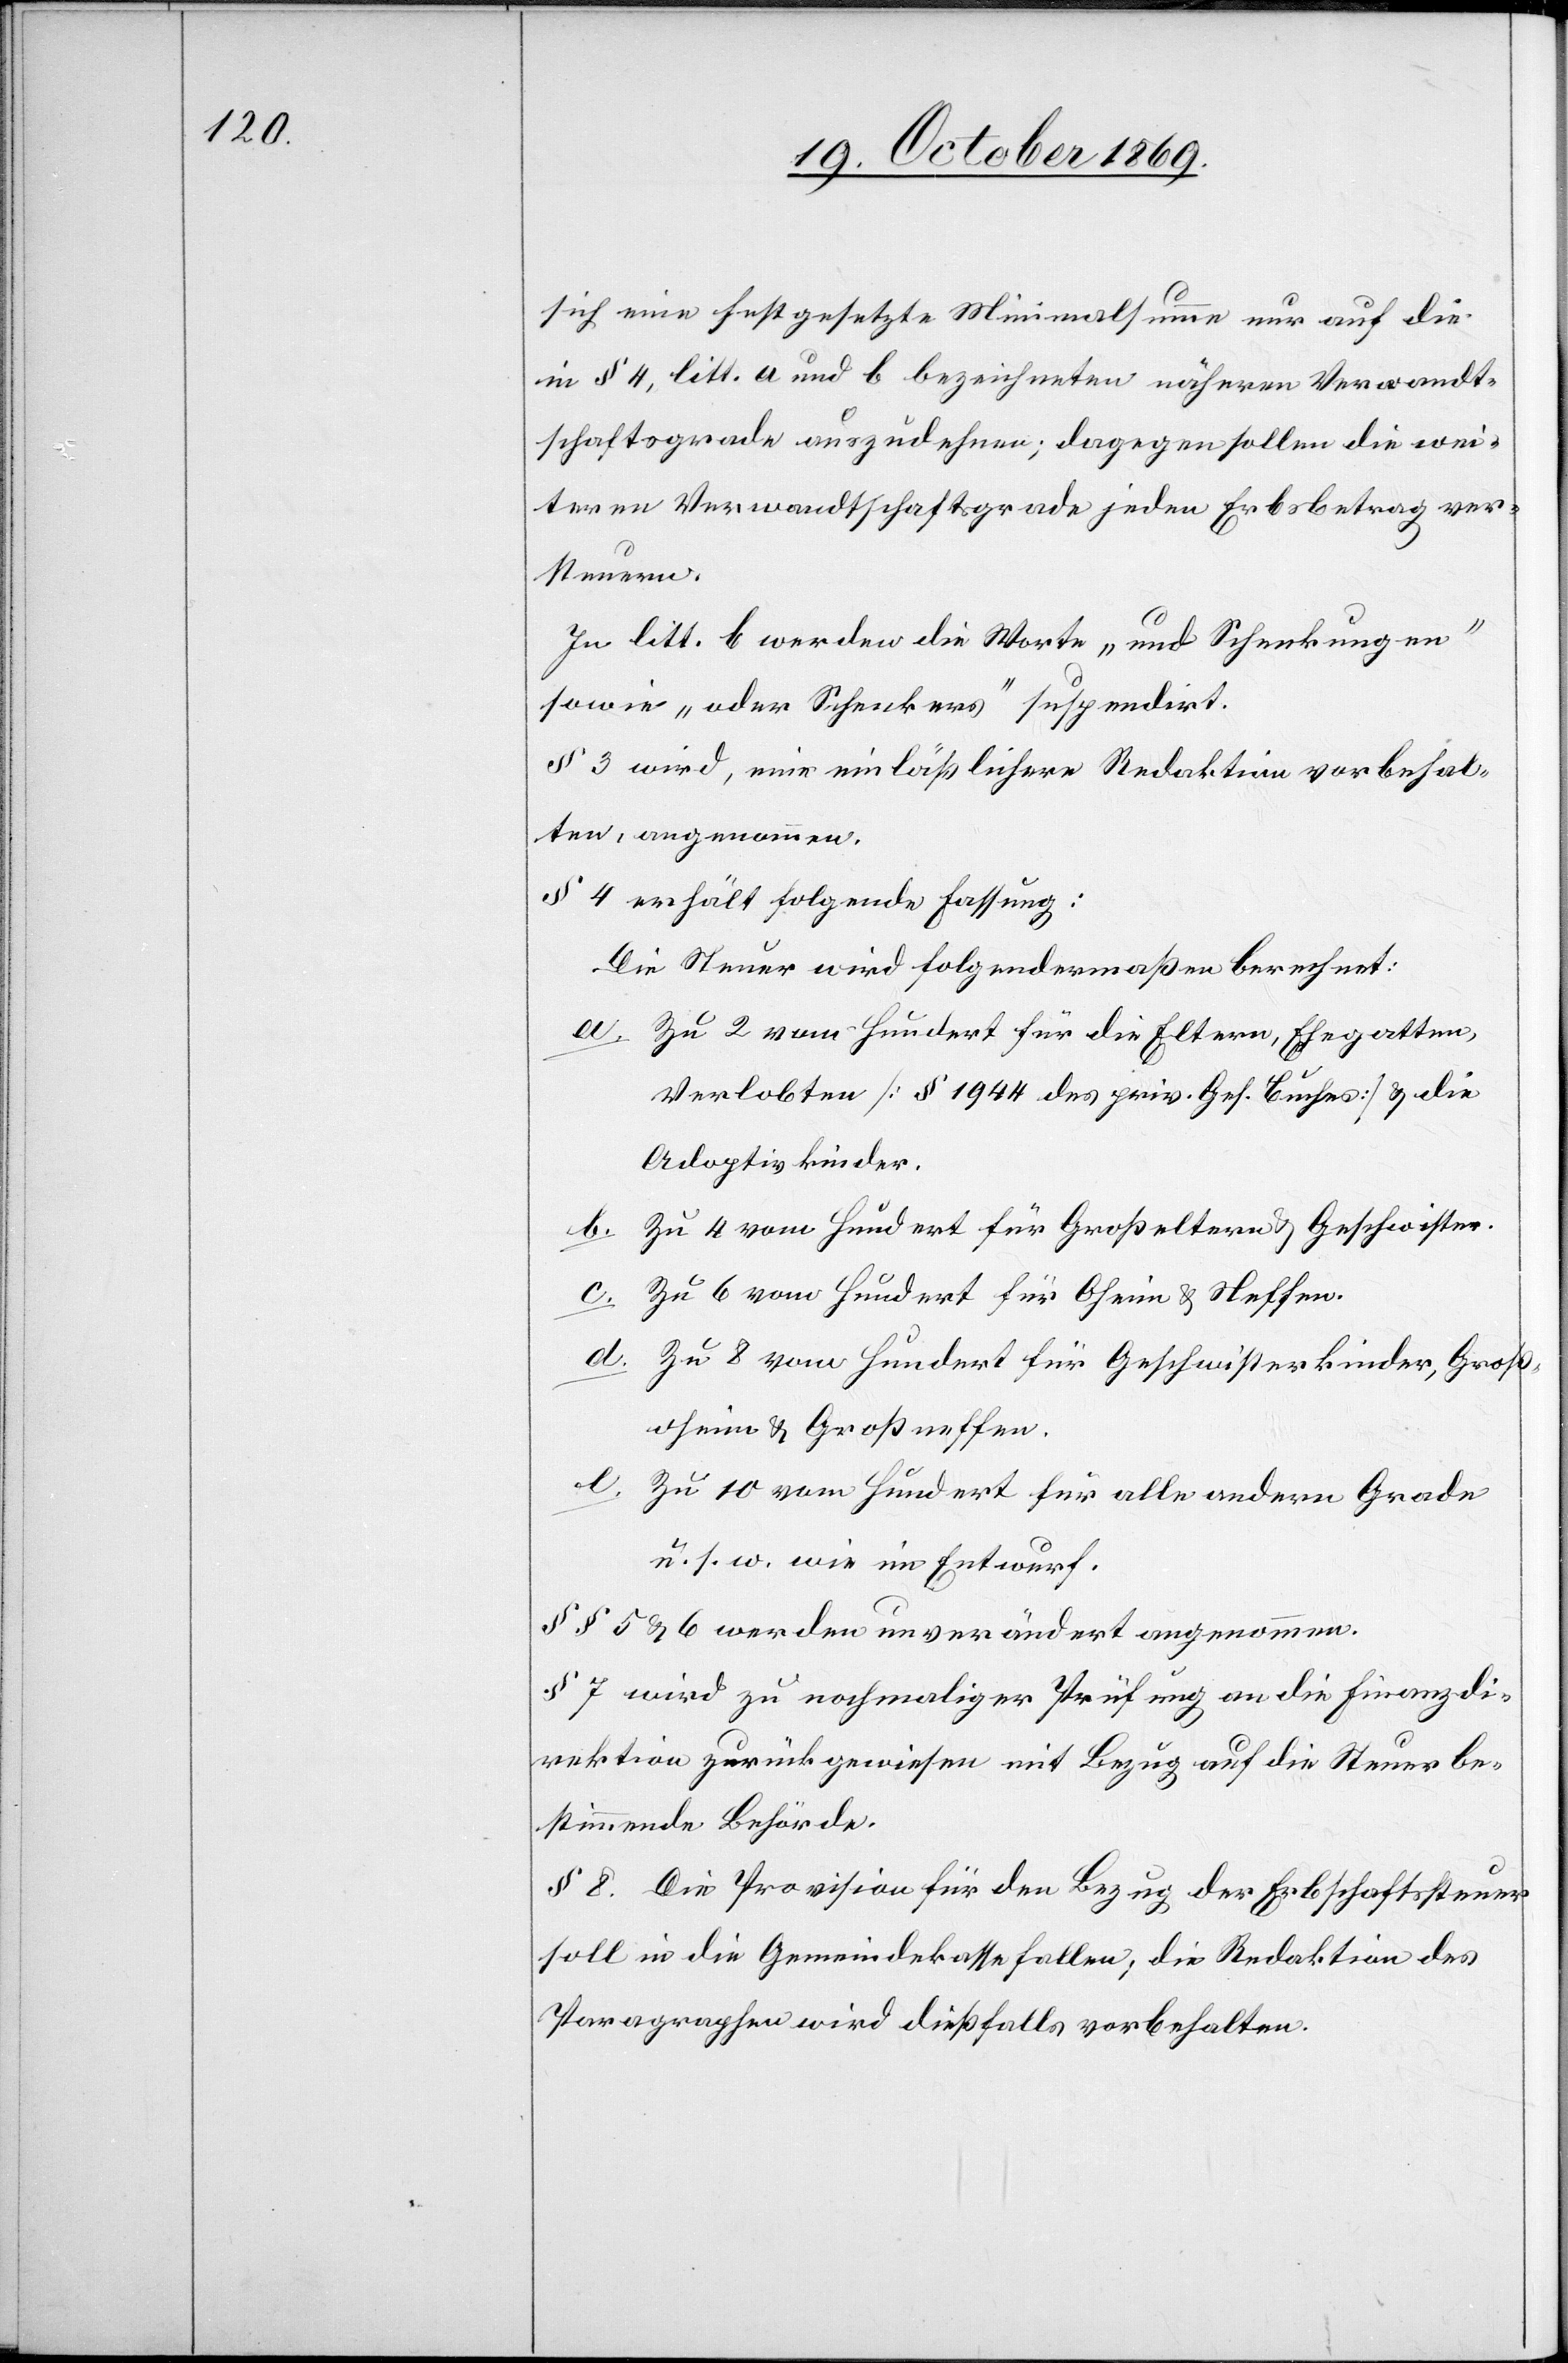
sich eine festgesetzte Minimalsumme nur auf die
in § 4, litt. a und b bezeichneten näheren Verwandt¬
schaftsgrade auszudehnen; dagegen sollen die wei¬
teren Verwandtschaftsgrade jeden Erbsbetrag ver¬
steuern.
In litt. b werden die Worte „und Schenkungen“
sowie „oder Schenkers“ suspendirt.
§ 3. wird, eine einläßlichere Redaktion vorbehal¬
ten, angenommen.
§ 4. erhält folgende Fassung:
Die Steuer wird folgendermaßen berechnet:
Zu 2 vom Hundert für die Eltern, Ehegatten,
Verlobten [§ 1944 des priv. Ges. Buches] & die
Adoptivkinder.
Zu 6 vom Hundert für Oheim & Neffen.
d.
4
Zu 8 vom Hundert für Geschwisterkinder, Groß¬
oheim & Großneffen.
Zu 10 vom Hundert für alle andern Grade
u. s. w wie im Entwurf.
§§ 5. & 6. werden unverändert angenommen.
§ 7. wird zu nochmaliger Prüfung an die Finanzdi¬
rektion zurückgewiesen mit Bezug auf die Steuer be¬
stimmende Behörde.
§ 8. Die Provision für den Bezug der Erbschaftssteuer
soll in die Gemeindekasse fallen; die Redaktion des
Paragraphen wird dießfalls vorbehalten.